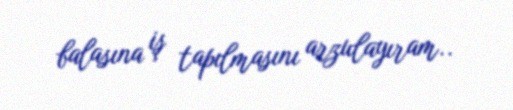
balasına iş tapılmasını arzulayıram..